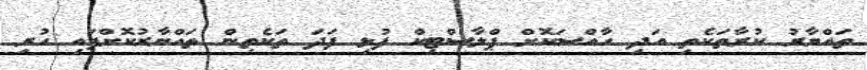
ތައްޔާރު ކުރާތަކެތި އަދި ހާއްސަކޮށް ޕްލާސްޓިކް ފުޅި ފަދަ ތަކެތިން ތައްޔާރުކޮށްފައި ހުރި